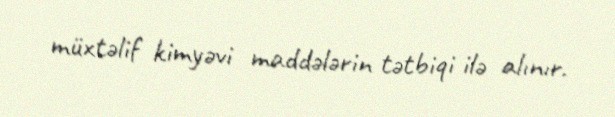
müxtəlif kimyəvi maddələrin tətbiqi ilə alınır.